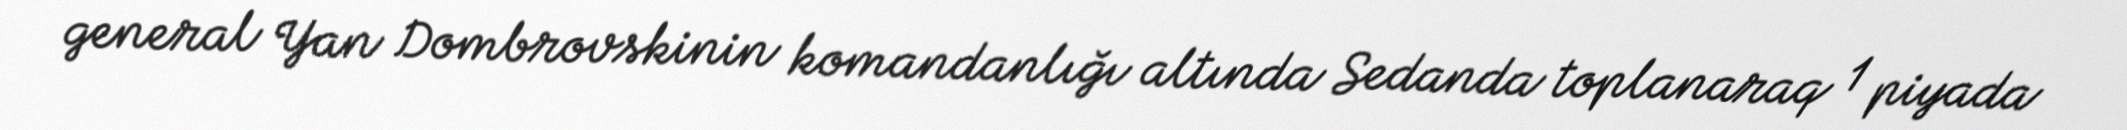
general Yan Dombrovskinin komandanlığı altında Sedanda toplanaraq 1 piyada